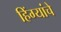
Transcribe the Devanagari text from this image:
हिंग्यांचे